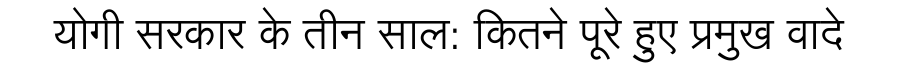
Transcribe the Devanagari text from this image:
योगी सरकार के तीन साल: कितने पूरे हुए प्रमुख वादे